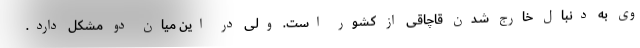
وی به دنبال خارج شدن قاچاقی از کشور است. ولی در این میان دو مشکل دارد.